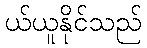
ယ်ယူနိုင်သည်